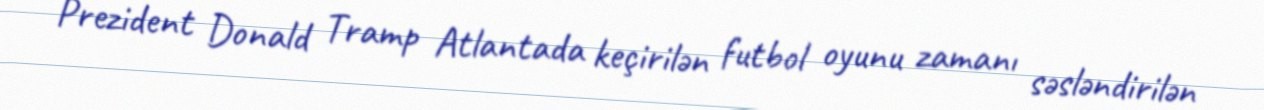
Prezident Donald Tramp Atlantada keçirilən futbol oyunu zamanı səsləndirilən